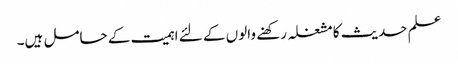
علم حدیث کا مشغلہ رکھنے والوں کے لئے اہمیت کے حامل ہیں۔